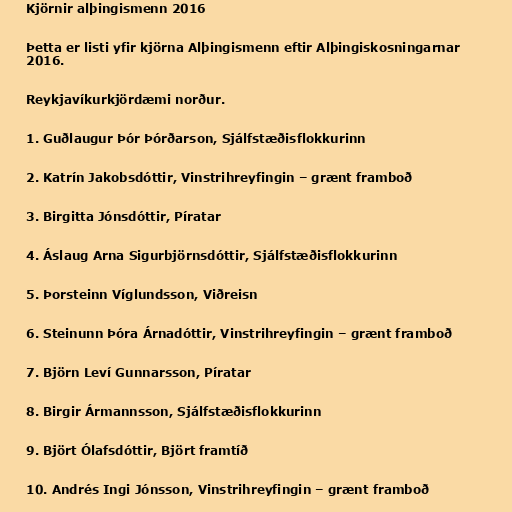
Kjörnir alþingismenn 2016

Þetta er listi yfir kjörna Alþingismenn eftir Alþingiskosningarnar
2016.

Reykjavíkurkjördæmi norður.

1. Guðlaugur Þór Þórðarson, Sjálfstæðisflokkurinn

2. Katrín Jakobsdóttir, Vinstrihreyfingin – grænt framboð

3. Birgitta Jónsdóttir, Píratar

4. Áslaug Arna Sigurbjörnsdóttir, Sjálfstæðisflokkurinn

5. Þorsteinn Víglundsson, Viðreisn

6. Steinunn Þóra Árnadóttir, Vinstrihreyfingin – grænt framboð

7. Björn Leví Gunnarsson, Píratar

8. Birgir Ármannsson, Sjálfstæðisflokkurinn

9. Björt Ólafsdóttir, Björt framtíð

10. Andrés Ingi Jónsson, Vinstrihreyfingin – grænt framboð